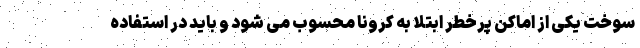
سوخت یکی از اماکن پرخطر ابتلا به کرونا محسوب می شود و باید در استفاده